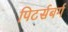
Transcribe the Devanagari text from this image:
पिटर्सबर्ग